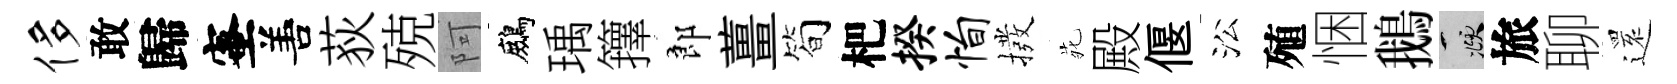
侈敢歸蜜𠵊荻殑阿鷓瑀籜郎薑简杷揆恂撥𫟍殿偃㳂殖悃鵝頫旅聊𮟃